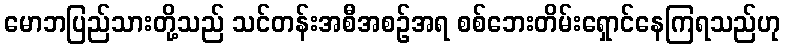
မောဘပြည်သားတို့သည် သင်တန်းအစီအစဉ်အရ စစ်ဘေးတိမ်းရှောင်နေကြရသည်ဟု